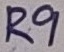
Text: R9